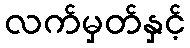
လက်မှတ်နှင့်